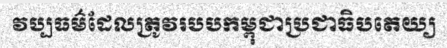
វប្បធម៌ដែលត្រូវរបបកម្ពុជាប្រជាធិបតេយ្យ